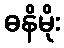
ဓနိမိုး